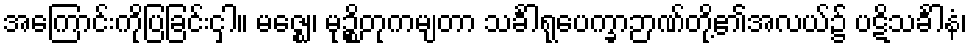
အကြောင်းကိုပြခြင်းငှါ။ မဇ္ဈေ၊ မုဉ္စိတုကမျတာ သင်္ခါရုပေက္ခာဉာဏ်တို့၏အလယ်၌ ပဋိသင်္ခါနံ၊